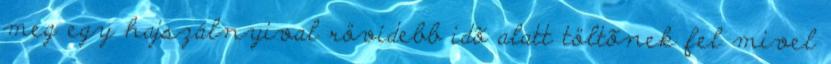
meg egy hajszálnyival rövidebb idõ alatt töltõnek fel mivel